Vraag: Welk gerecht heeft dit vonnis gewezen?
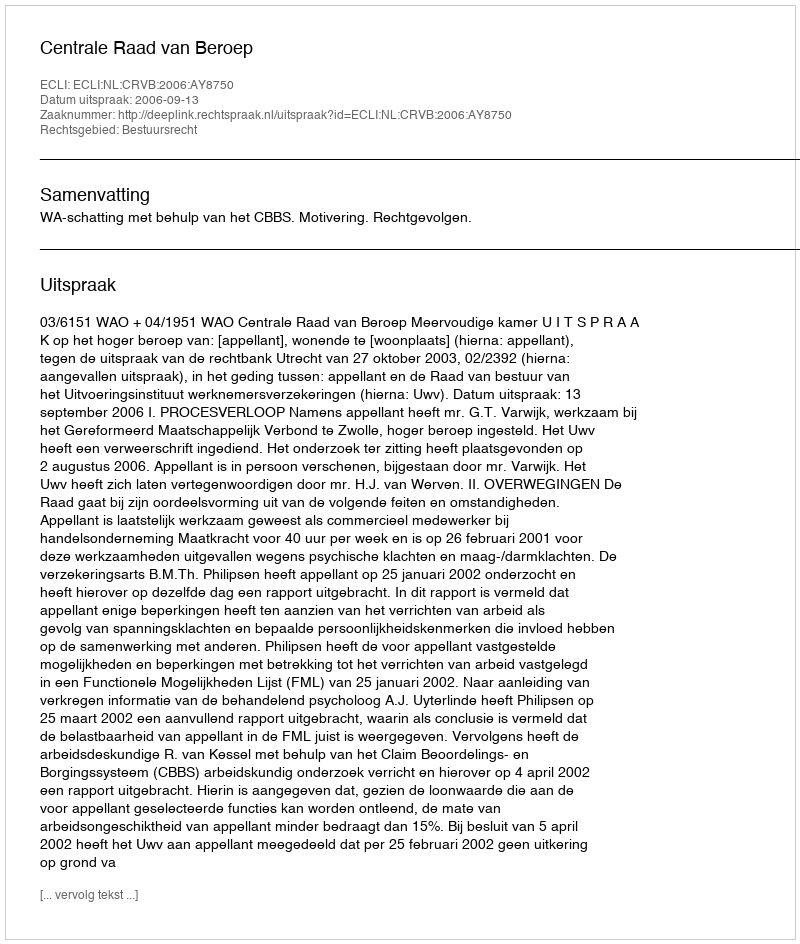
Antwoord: Centrale Raad van Beroep